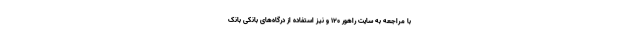
با مراجعه به سایت راهور ۱۲۰ و نیز استفاده از درگاه‌های بانکی بانک